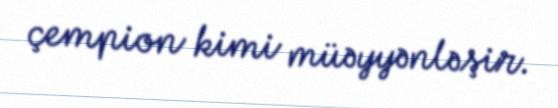
çempion kimi müəyyənləşir.